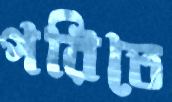
পরিতে